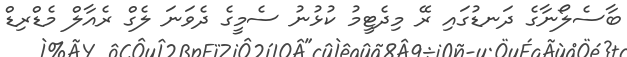
ބާސެލޯނާގެ ދަނޑުގައި ރޭ މިދެޓީމު ކުޅުނު ސެމީގެ ދެވަނަ ލެގް ރެއާލް މެޑްރިޑް